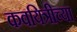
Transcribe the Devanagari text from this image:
कवयित्रीच्या